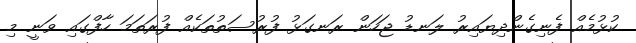
ކުޅުމެއް ފެނިގެންދިޔައިރު ލަނޑު ޖަހަން ރަނގަޅު ފުރުސަތުތަކެއް ފުރަތަމަ ހާފްގައި ވަނީ މި